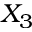
X _ { 3 }